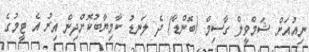
ނިއުއަށް ޝަމްވީލް ގާސިމް (ބޮންޑާ) ދެ ލަނޑު ކާމިޔާބުކޮށްދިން އިރު އެ ޓީމުގެ